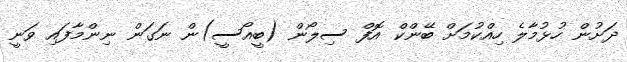
ދަށުން ހުޅުމާލެ ހިއްކުމަށް ބޭންކް އޮފް ސިލޯން (ބީއޯސީ)ން ނަގަން ނިންމާފައި ވަނީ